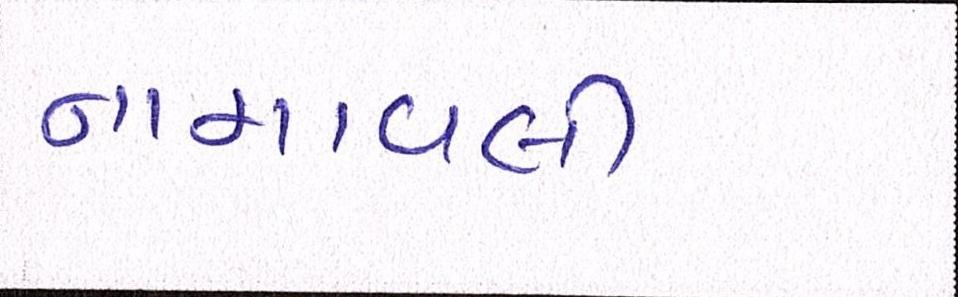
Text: નામાવલી